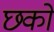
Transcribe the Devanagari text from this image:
छको